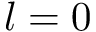
l = 0